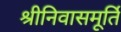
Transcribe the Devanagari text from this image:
श्रीनिवासमूर्ति